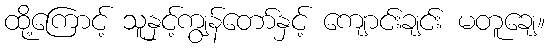
ထို့ကြောင့် သူနှင့်ကျွန်တော်နှင့် ကျောင်းချင်း မတူချေ။